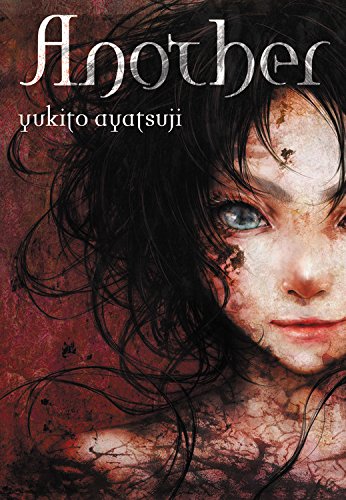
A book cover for Another; Yukito Ayatsuji; Literature & Fiction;